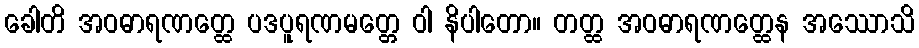
ခေါတိ အဝဓာရဏတ္ထေ ပဒပူရဏမတ္တေ ဝါ နိပါတော။ တတ္ထ အဝဓာရဏတ္ထေန အဿောသိ